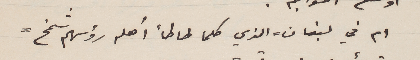
ام في لبنان – الذي كلما طاطأ أهله رؤسهم شمخ –